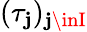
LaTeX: (\tau_{\mathbf{j}})_{\mathbf{j}\inI}